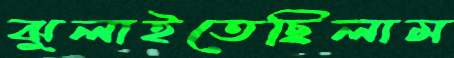
ঝুলাইতেছিলাম